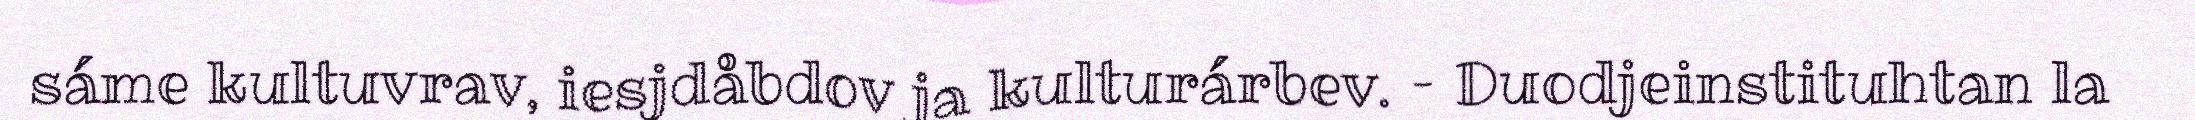
sáme kultuvrav, iesjdåbdov ja kulturárbev. – Duodjeinstituhtan la